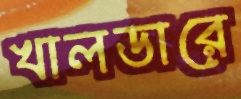
খালডারে